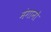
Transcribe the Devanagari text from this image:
मंगानो